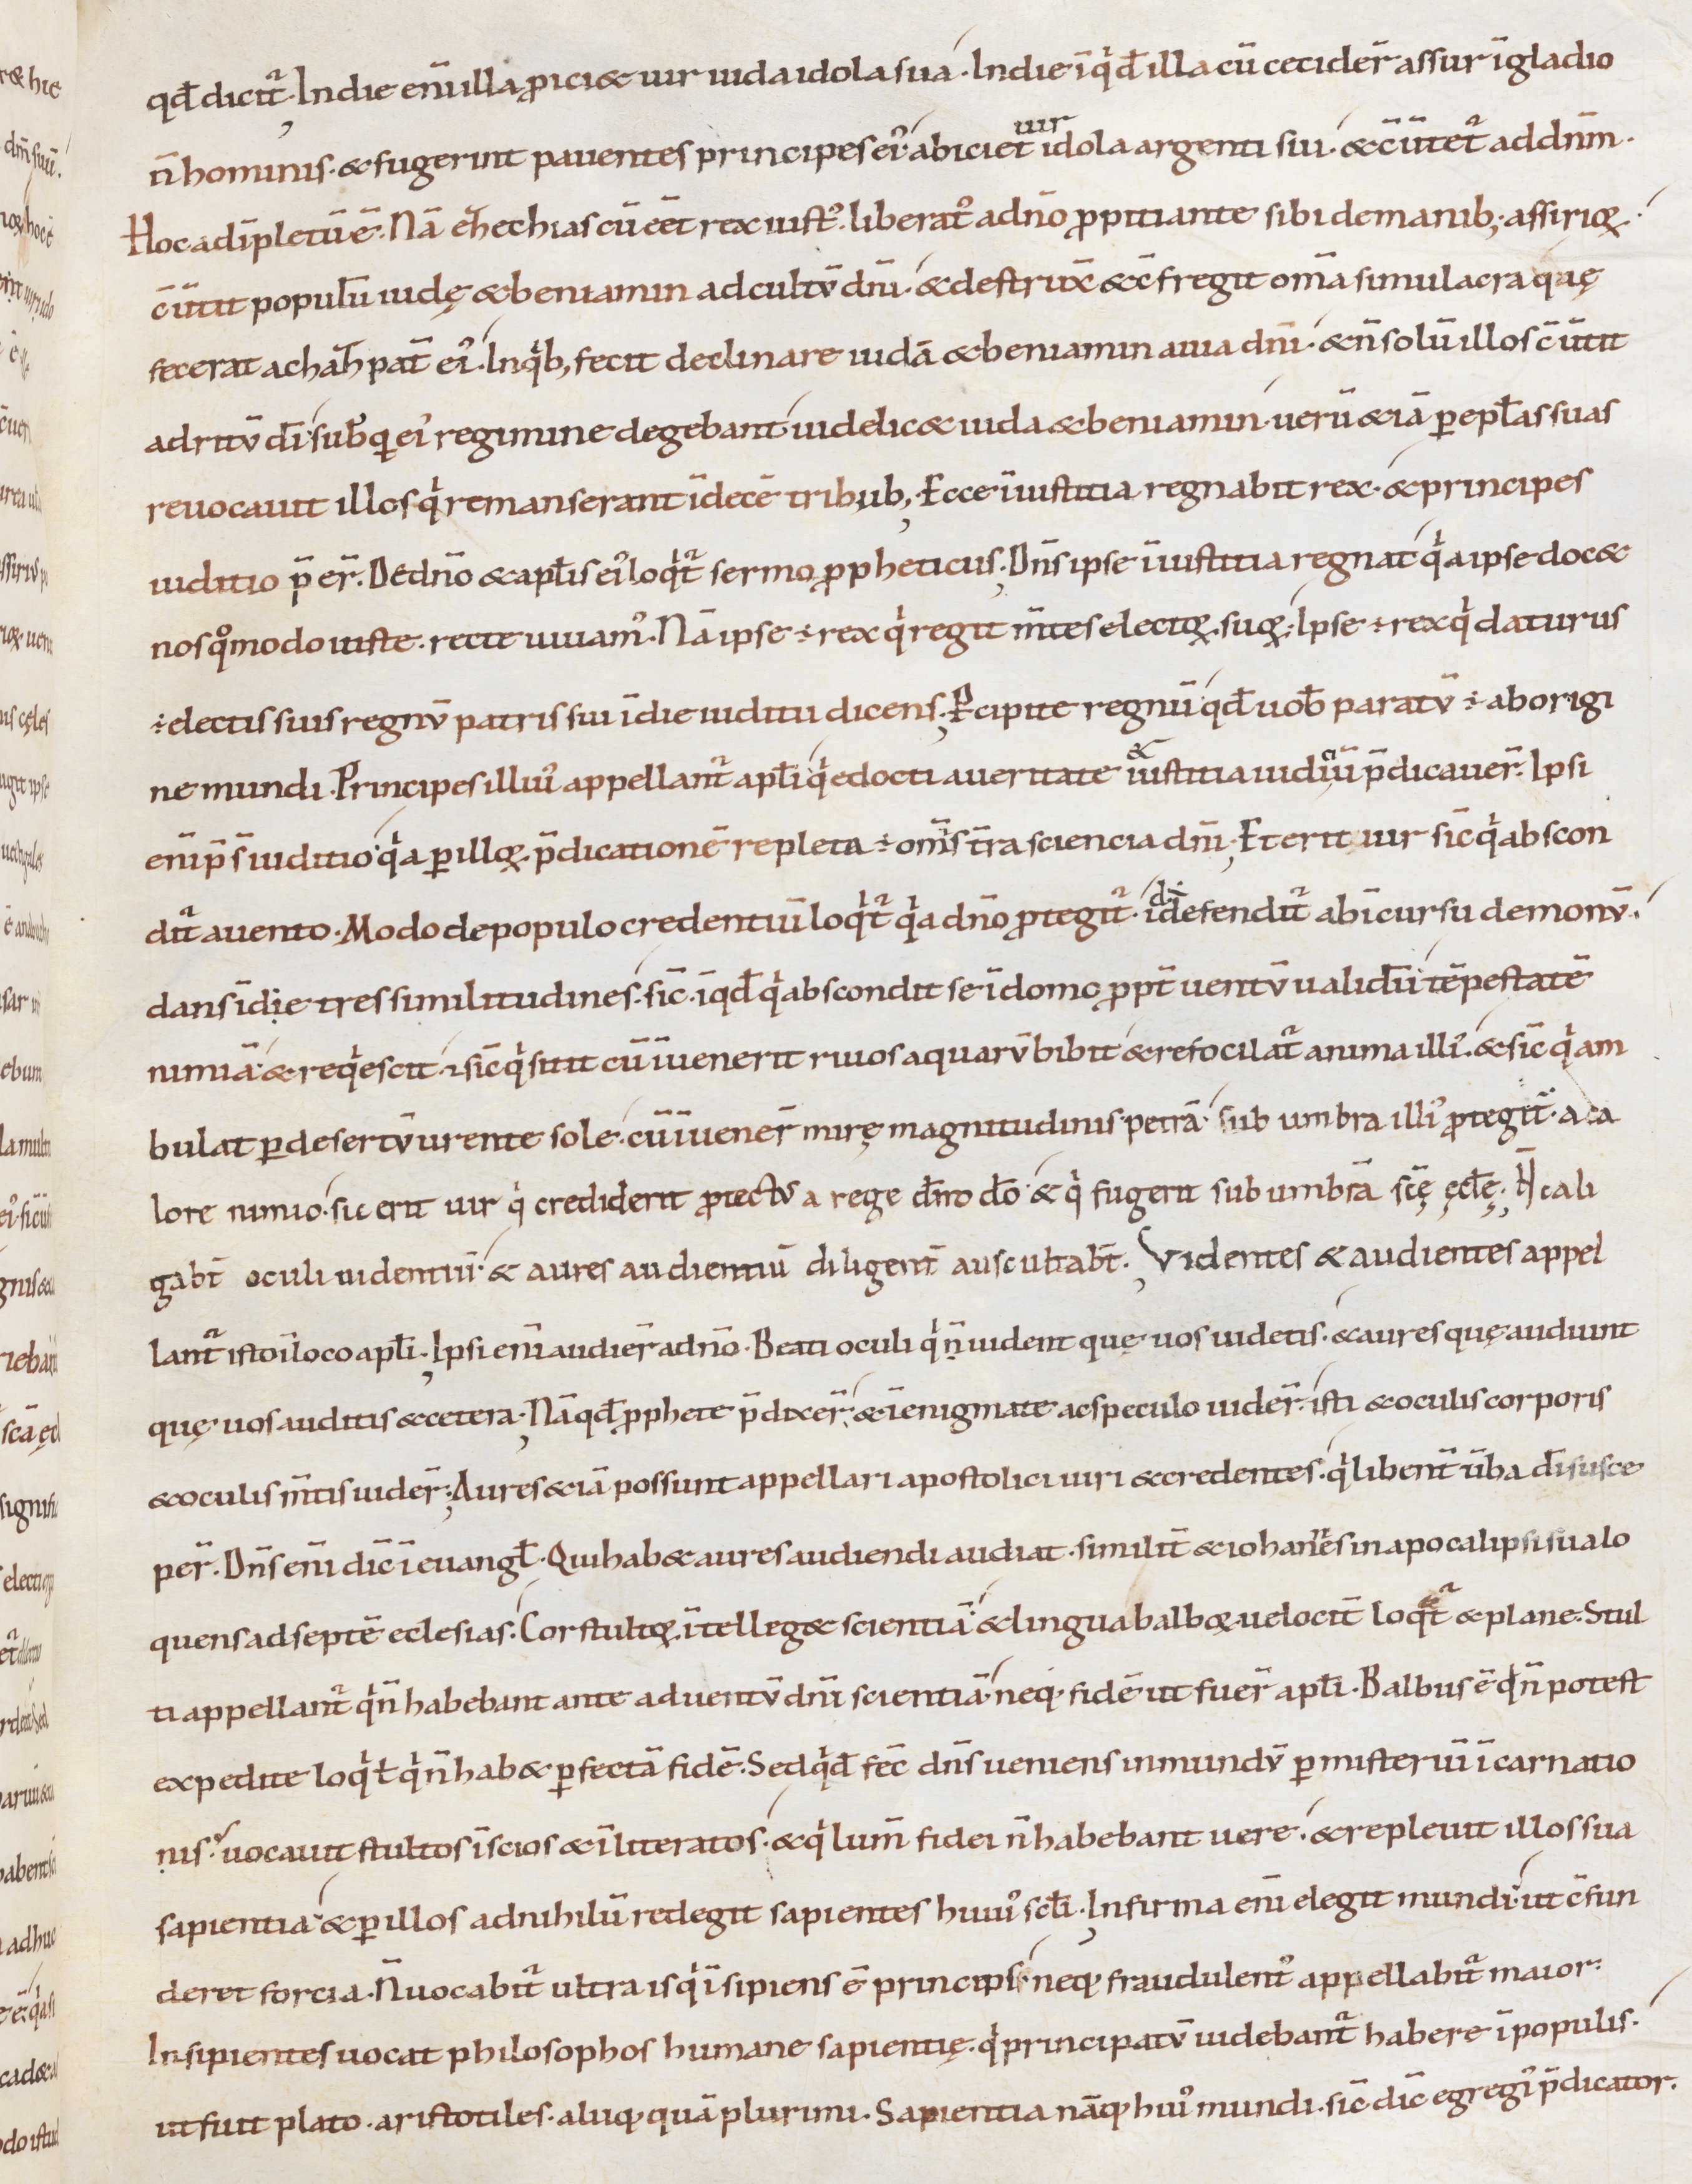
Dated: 1000–1099